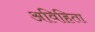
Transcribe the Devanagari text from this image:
अविहिता